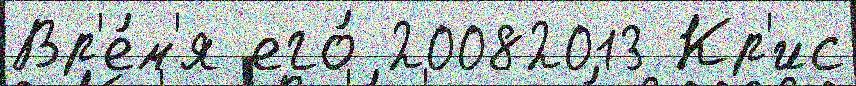
Вр'е́м'я его́ 20082013 Кр'ис